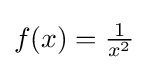
f(x)={\tfrac {1}{x^{2}}}